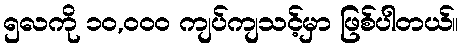
၅လကို ၁၀,၀၀၀ ကျပ်ကျသင့်မှာ ဖြစ်ပါတယ်။